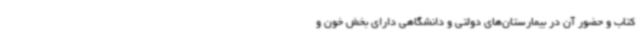
کتاب و حضور آن در بیمارستان‌های دولتی و دانشگاهی دارای بخش خون و